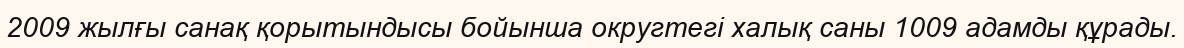
2009 жылғы санақ қорытындысы бойынша округтегі халық саны 1009 адамды құрады.